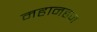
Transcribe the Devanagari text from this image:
महानहज